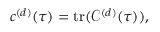
c ^ { ( d ) } ( \tau ) = \mathrm { t r } ( \mathscr { C } ^ { ( d ) } ( \tau ) ) ,